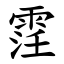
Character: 䨙